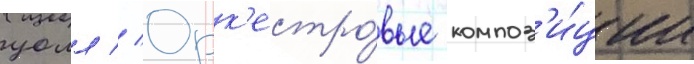
уолл // Орк'естро́вые композ'и́ции